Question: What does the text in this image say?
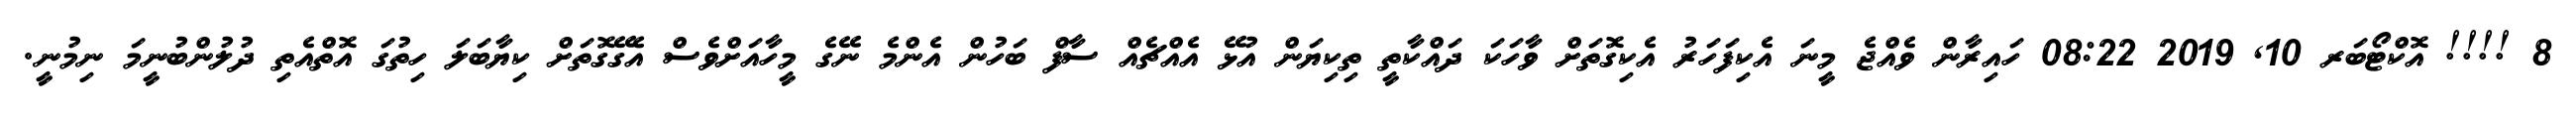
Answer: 8 !!!! އޮކްޓޯބަރ 10, 2019 08:22 ހައިރާން ވެއްޖެ މީނަ އެކިފަހަރު އެކިގޮތަށް ވާހަކަ ދައްކާތީ ތިކިޔަން އުޅޭ އެއްޗެއް ސާފް ބަހުން އެންމެ ނޭގެ މީހާއަށްވެސް އެގޭގޮތަށް ކިޔާބަލަ ހިތުގަ އޮތްއެތި ދުލުންބުނީމަ ނިމުނީ.